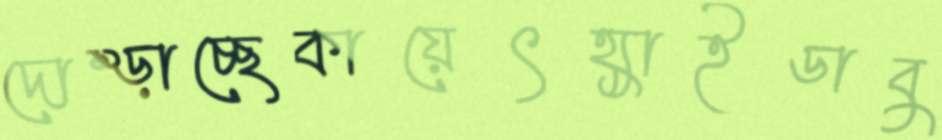
দোম্‌ড়াচ্ছেকায়েৎহ্যাইডাবু